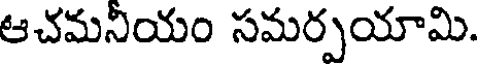
ఆచమనీయం సమర్పయామి.